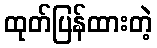
ထုတ်ပြန်ထားတဲ့